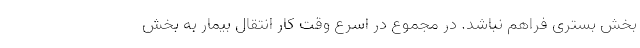
بخش بستری فراهم نباشد. در مجموع در اسرع وقت کار انتقال بیمار به بخش